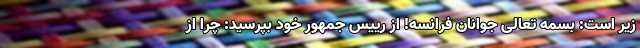
زیر است: بسمه تعالی جوانان فرانسه! از رییس جمهور خود بپرسید: چرا از